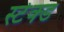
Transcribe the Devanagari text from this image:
स्टेक्ड